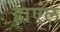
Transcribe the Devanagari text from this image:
हाएल